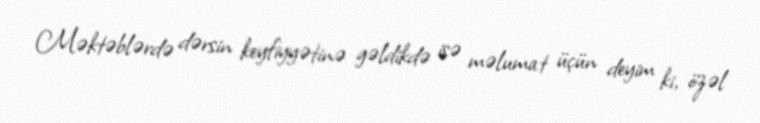
Məktəblərdə dərsin keyfiyyətinə gəldikdə isə məlumat üçün deyim ki, özəl